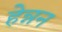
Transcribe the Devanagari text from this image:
हेन्नन